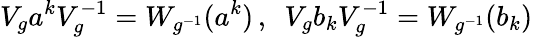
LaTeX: V_{g}a^{k}V_{g}^{-1}=W_{g^{-1}}(a^{k})\, ,\enspace V_{g}b_{k}V_{g}^{-1}=W_{g^{-1}}(b_{k})